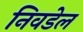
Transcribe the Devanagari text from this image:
निवडेल